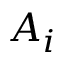
A _ { i }